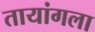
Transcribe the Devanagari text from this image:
तायांगला